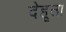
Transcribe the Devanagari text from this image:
देहूला